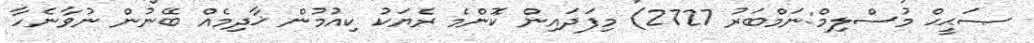
ޞަޙީޙް މުސްލިމް:ނަމްބަރު 2727) މިފަދައިން ކޮންމެ ރެޔަކު ކިއުމުން ޚާދިމެއް ބޭނުން ނުވާނެހާ